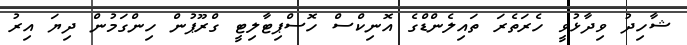
ޝާހިދު ވިދާޅުވީ ހެރަތެރަ ތައިލެންޑްގެ އޮނިކްސް ހޮސްޕިޓާލިޓީ ގްރޫޕުން ހިންގަމުން ދިޔަ އިރު